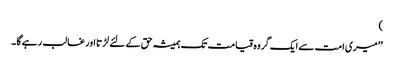
)
’’میری امت سے ایک گروہ قیامت تک ہمیشہ حق کے لئے لڑتا اور غالب رہے گا ۔